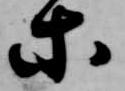
等